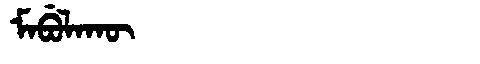
Manchu: ᠮᠠᠪᡠᠯᠠᡴᡡ
Romanization: MABULAKŪ